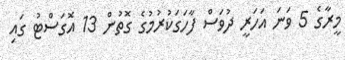
މީރާގެ 5 ވަނަ އަހަރީ ދުވަސް ފާހަގަކުރުމުގެ ގޮތުން 13 އޮގަސްޓު ގައި